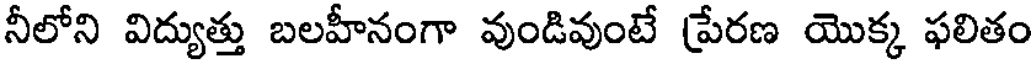
నీలోని విద్యుత్తు బలహీనంగా వుండివుంటే ప్రేరణ యొక్క ఫలితం